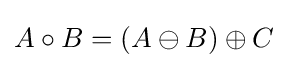
A\circ B=(A\ominus B)\oplus C